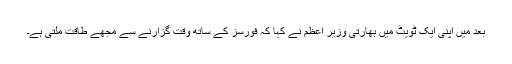
بعد میں اپنی ایک ٹویٹ میں بھارتی وزیر اعظم نے کہا کہ فورسز کے ساتھ وقت گزارنے سے مجھے طاقت ملتی ہے۔